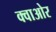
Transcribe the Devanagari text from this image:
क्वाओर